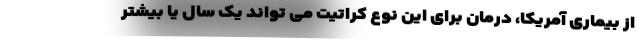
از بیماری آمریکا، درمان برای این نوع کراتیت می تواند یک سال یا بیشتر